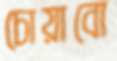
চোয়াবো